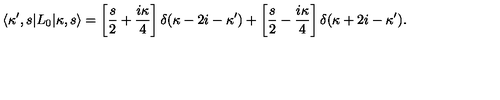
\langle \kappa ^ { \prime } , s | L _ { 0 } | \kappa , s \rangle = \left[ \frac { s } { 2 } + \frac { i \kappa } { 4 } \right] \delta ( \kappa - 2 i - \kappa ^ { \prime } ) + \left[ \frac { s } { 2 } - \frac { i \kappa } { 4 } \right] \delta ( \kappa + 2 i - \kappa ^ { \prime } ) .